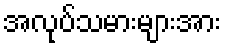
အလုပ်သမားများအား